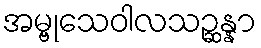
အမ္ဗုသေဝါလသဉ္ဆန္နာ